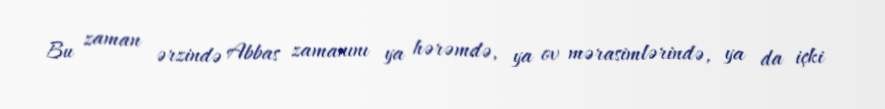
Bu zaman ərzində Abbas zamanını ya hərəmdə, ya ov mərasimlərində, ya da içki